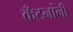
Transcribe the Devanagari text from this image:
कँटनांनी